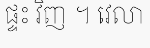
ផ្ទះ វិញ ។ វេលា